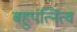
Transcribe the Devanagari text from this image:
बहुपत्नित्व